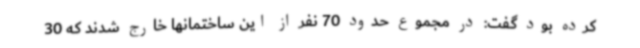
کرده بود گفت: در مجموع حدود 70 نفر از این ساختمانها خارج شدند که 30